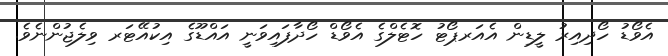
އެވޯޑު ހޯދިއިރު ލީޑިން އެއަރޕޯޓު ހޮޓެލްގެ އެވޯޑް ހޯދާފައިވަނީ އައްޑޫގެ އިކުއޭޓަރ ވިލެޖުންނެވެ.